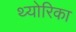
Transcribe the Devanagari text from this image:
थ्योरिका